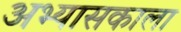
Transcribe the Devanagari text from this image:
अभ्यासकाला